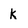
Character: k